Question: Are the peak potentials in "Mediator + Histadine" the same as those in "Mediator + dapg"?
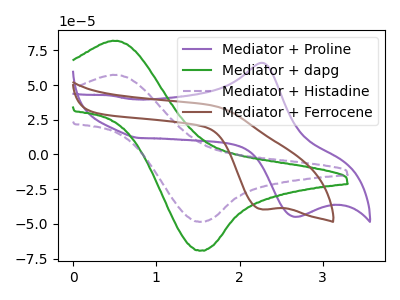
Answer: <think>The purple curve "Mediator + Proline" has an anodic peak at (2.25V, 66.00uA) and a cathodic peak at (2.65V, -44.80uA). The green curve "Mediator + dapg" has an anodic peak at (0.55V, 81.65uA) and a cathodic peak at (1.55V, -69.10uA). The purple dashed curve "Mediator + Histadine" has an anodic peak at (0.55V, 57.20uA) and a cathodic peak at (1.55V, -48.40uA). The brown curve "Mediator + Ferrocene" has a cathodic peak at: (2.25V, -39.50uA).</think>
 <answer>Yes, "Mediator + Histadine" have a peak in "Mediator + dapg" at the same potential.</answer>
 <eval>match</eval>